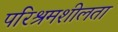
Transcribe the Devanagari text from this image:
परिश्रमशीलता